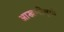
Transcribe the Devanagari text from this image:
आखणीमुळे